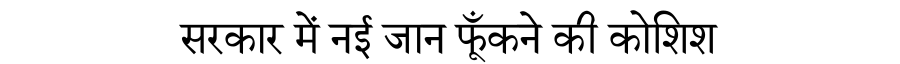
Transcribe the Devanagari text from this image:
सरकार में नई जान फूँकने की कोशिश